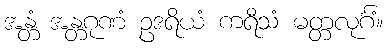
အန္တံ အန္တဂုဏံ ဥဒရိယံ ကရီသံ မတ္တလုင်္ဂံ။